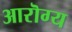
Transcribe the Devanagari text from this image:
आरॊग्य